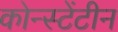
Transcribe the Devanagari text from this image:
कोन्स्टेंटीन